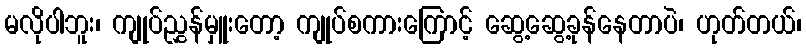
မလိုပါဘူး၊ ကျုပ်ညွှန်မှူးတော့ ကျုပ်စကားကြောင့် ဆွေ့ဆွေ့ခုန်နေတာပဲ၊ ဟုတ်တယ်၊